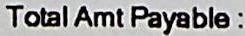
TOTAL AMT PAYABLE: